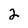
Character: 2